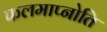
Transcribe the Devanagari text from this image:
फलमाप्नोति